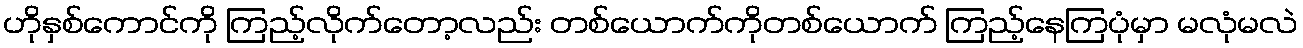
ဟိုနှစ်ကောင်ကို ကြည့်လိုက်တော့လည်း တစ်ယောက်ကိုတစ်ယောက် ကြည့်နေကြပုံမှာ မလုံမလဲ